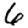
Digit: 6